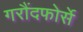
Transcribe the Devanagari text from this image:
गरौंदफोर्से